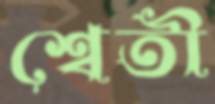
শ্বেতী